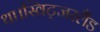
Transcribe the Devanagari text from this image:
था।स्विट्जरलैंड